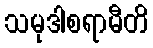
သမုဒါစရာမီတိ